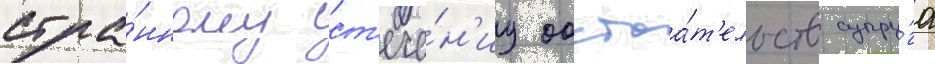
стра́нному ст'ече́н'иу обстоа́т'ельств супру́га